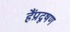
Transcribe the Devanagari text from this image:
हैंप्रदूषण